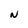
Character: N